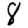
Digit: 8